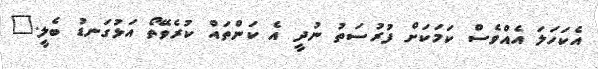
އެކަހަލަ އެއްވެސް ކަމަކަށް ފުރުސަތު ނުދީ އެ ކަންތައް ކުރެވޭތޯ އަޅުގަނޑު ބެލީ."